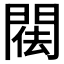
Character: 𨴿